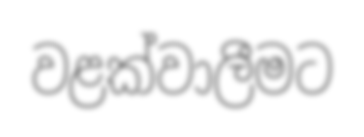
වළක්වාලීමට